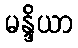
မန္ဒိယာ